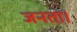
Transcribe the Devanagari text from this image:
जनता।